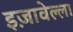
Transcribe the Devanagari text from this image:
इज़ावेल्ला